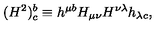
( H ^ { 2 } ) _ { c } ^ { b } \equiv h ^ { \mu b } H _ { \mu \nu } H ^ { \nu \lambda } h _ { \lambda c } ,